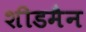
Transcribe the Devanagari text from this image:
शीडमैन